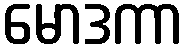
မောဒကာ